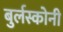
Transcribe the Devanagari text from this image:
बुर्लस्कोनी